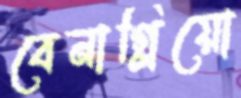
বেনাগ্লিয়ো